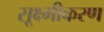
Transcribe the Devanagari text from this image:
सूक्ष्मीकरण